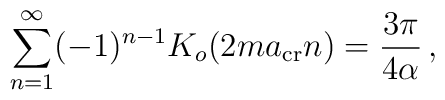
\sum_{n=1}^{\infty}(-1)^{n-1} K_o(2ma_{\rm cr}n)= {3\pi\over 4\alpha}\,,